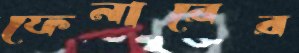
ফেনারের